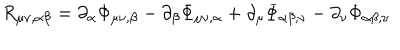
R _ { \mu \nu , \alpha \beta } = \partial _ { \alpha } \Phi _ { \mu \nu , \beta } - \partial _ { \beta } \Phi _ { \mu \nu , \alpha } + \partial _ { \mu } \Phi _ { \alpha \beta , \nu } - \partial _ { \nu } \Phi _ { \alpha \beta , \nu }